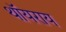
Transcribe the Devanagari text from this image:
थॉयराय